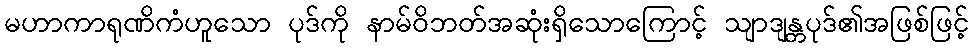
မဟာကာရုဏိကံဟူသော ပုဒ်ကို နာမ်ဝိဘတ်အဆုံးရှိသောကြောင့် သျာဒျန္တပုဒ်၏အဖြစ်ဖြင့်